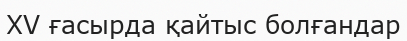
XV ғасырда қайтыс болғандар